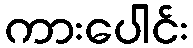
ကားပေါင်း